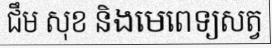
ជឹម សុខ និងមេពេទ្យសត្វ